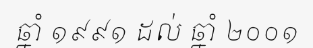
ឆ្នាំ ១៩៩១ ដល់ ឆ្នាំ ២០០១